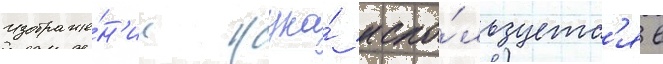
Изображе́н'ие жука́ испо́льзуетс'я в